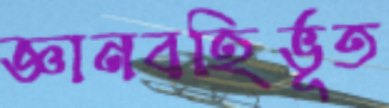
জ্ঞানবহির্ভূত